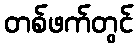
တစ်ဖက်တွင်